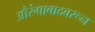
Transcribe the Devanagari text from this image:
औरंगाबादवरून